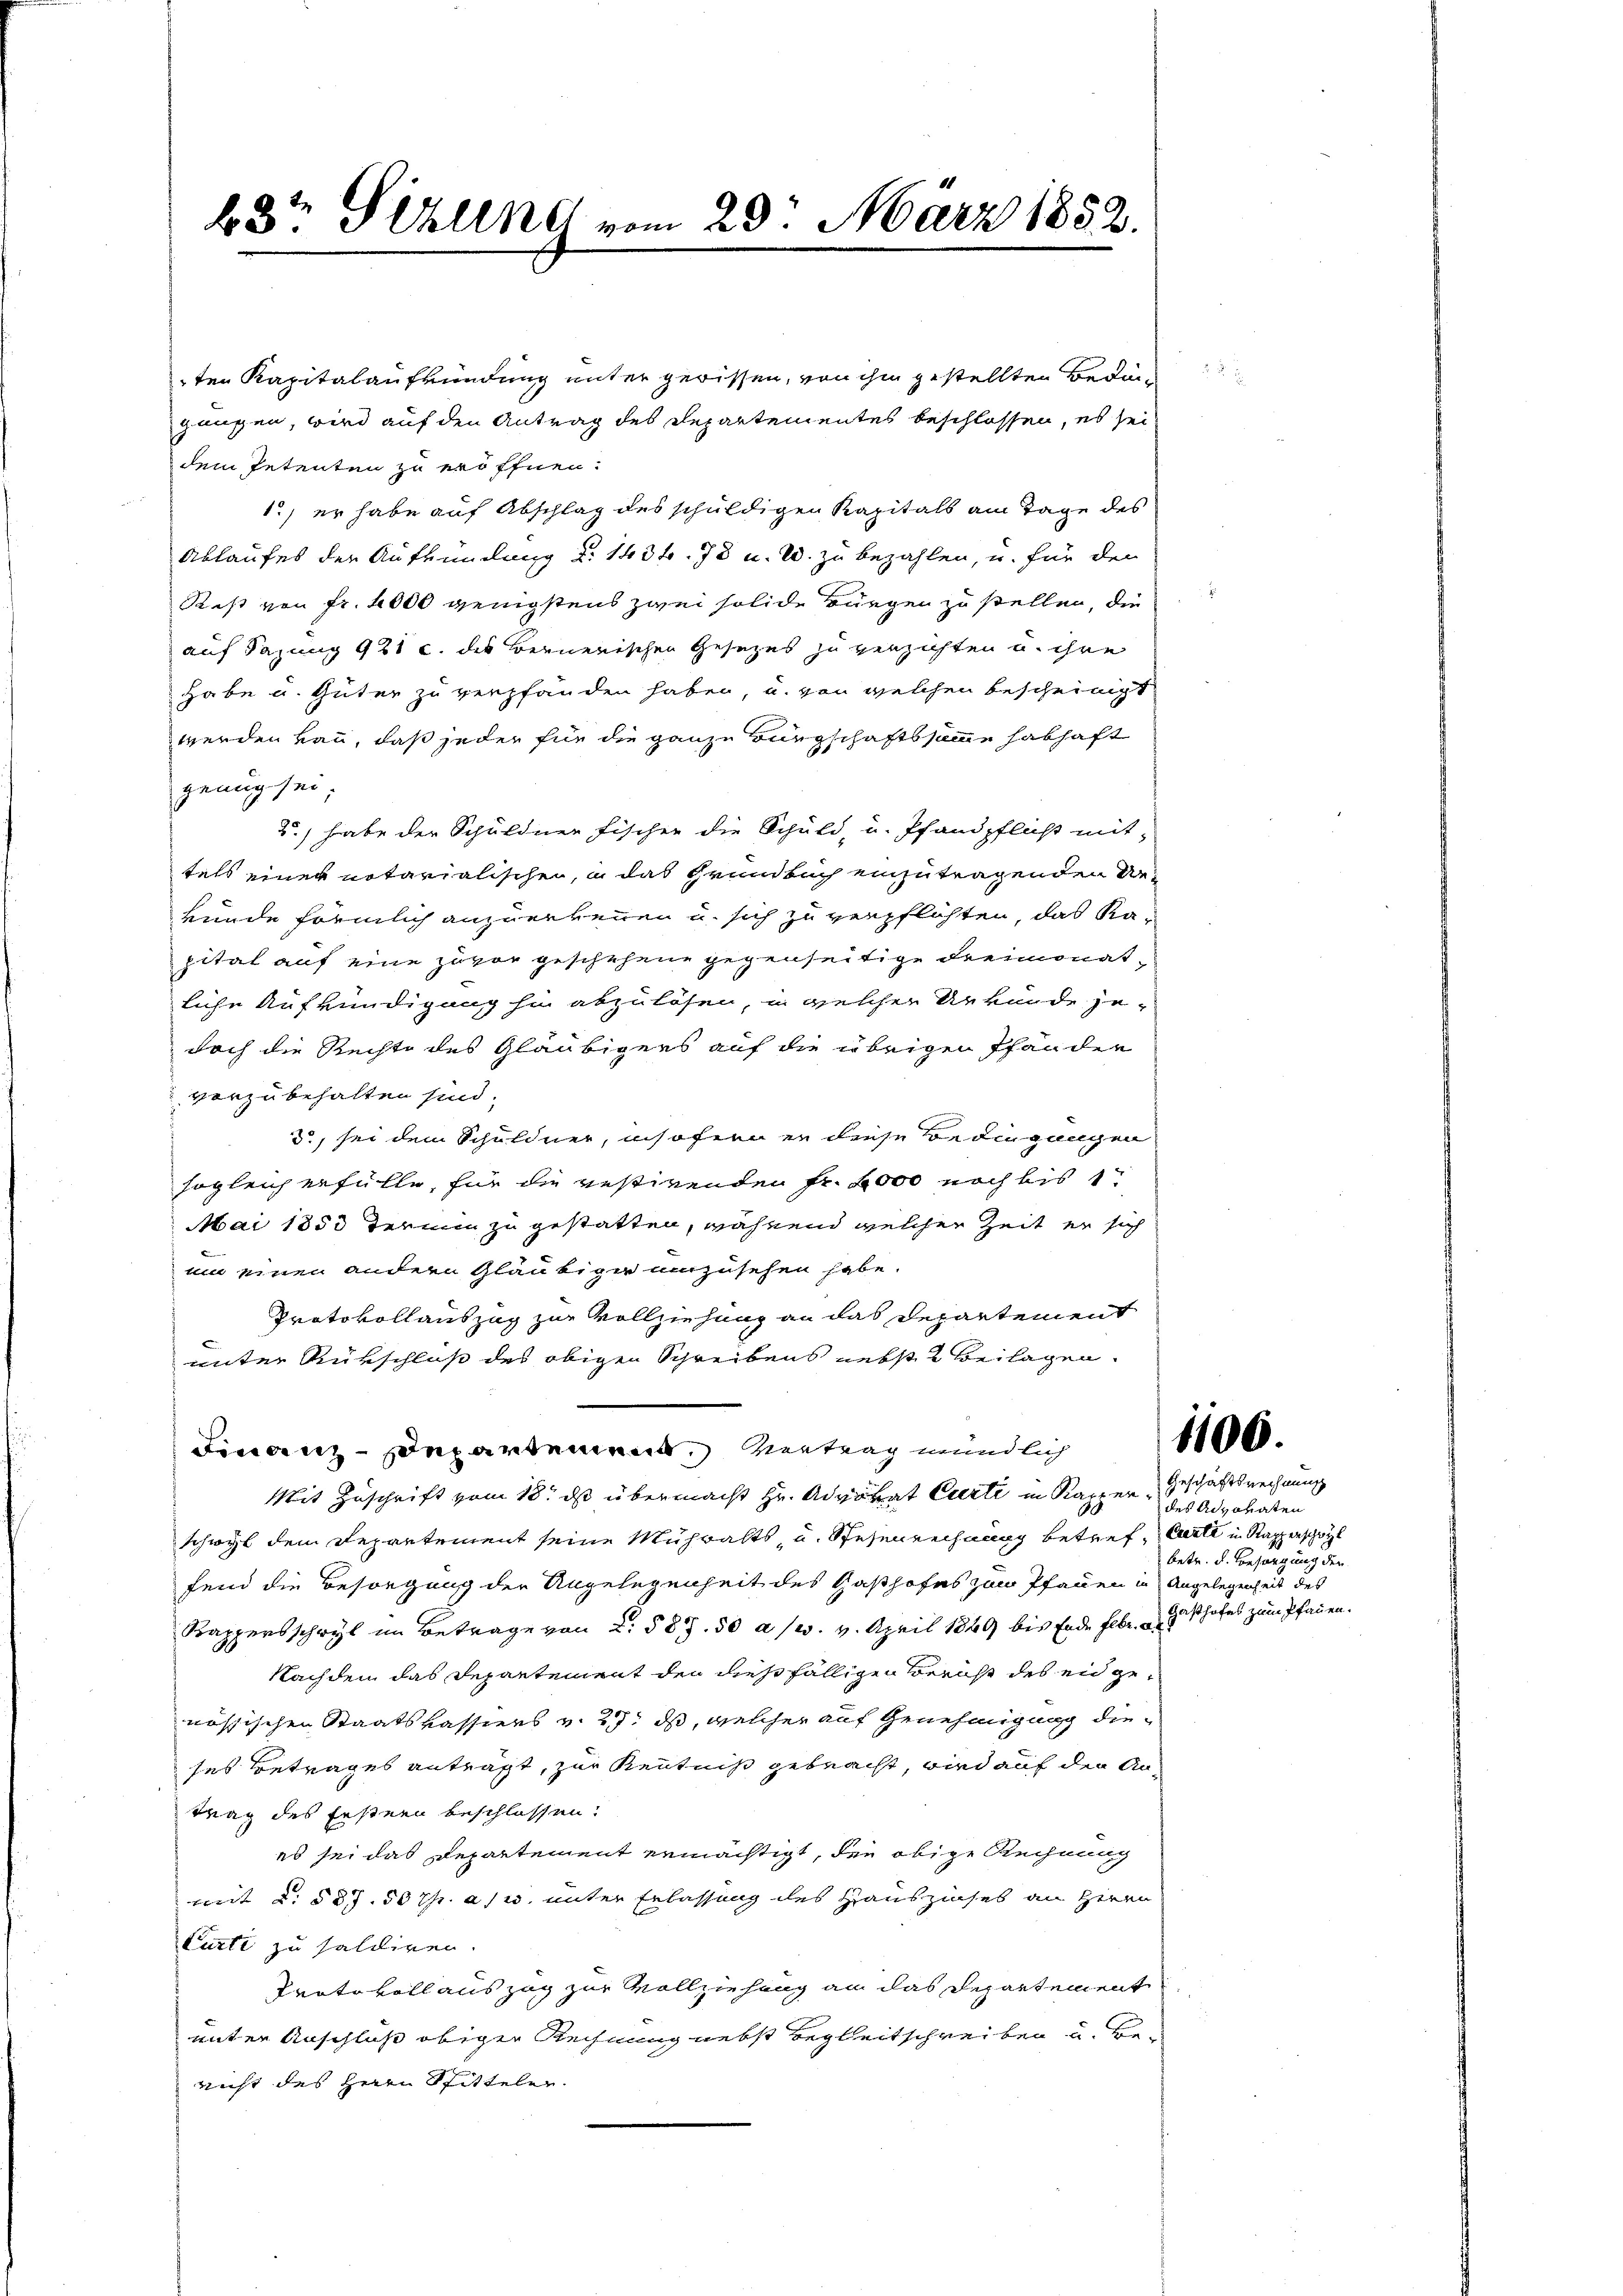
28 Sekund vom 23. März 1852.

ten Kapitalaufkündung unter gewissen, von ihm gestellten Bedingangen, wird auf den Antrag des Departementes beschlossen, es sei
dem Petenten zu eröffnen.
1., er habe auf Abschlag des schuldigen Kapitals am Tage des
Ablaufes der Aufkündung d. 143 f. 78 u. W. zu bezahlen, u. für den
Rest von Fr. 4000 wenigstens zwei solide Bürgen zu stellen, die
auf Sazung 921 c. des Bernerischen Gesezes zu verzichten u. ihre
habe u. Güter zu verpfänden haben, u. von welchen bescheinigt
werden von, daß jeder für die ganze Bürgschaftssamme habhaft
genug sei.
2) habe der Schuldner Fischer die Schuld, u. Pfandpflicht mit-
tels einer notarialischen, in das Grundbuch einzutragenden Rekunde förmlich anzuerkennen u. sich zu verpflichten, das Kapital auf eine zuvor geschehene gegenseitige Freimonatliche Aufkündigung zu abzulösen, in welcher Urkunde jedoch die Rechte des Gläubigers auf die übrigen Pfänden
vorzubehalten sind.
3, sei dem Schuldner, insofern er diese Bedingungen
sogleich erfülle, für die vestirenden Fr. 2000 noch bis 1
Mai 1853 Termin zu gestatten, während welcher Zeit er sich
um einen andern Gläubiger anzusehen habe.
Protokollauszug zur Vollziehung an das Departement
unter Rükschluß des obigen Schreibens nebst Beilagen.
Finanz-Departement. Vertrag mündlich
Mit Zuschrift vom 18. ds übermacht Hr. Advokat Curti in Kapper, Geschäftsrechnung
schwyl dem Departement seine Mühwalts, u. Spesenrechnung betref, welt in Rapperschrit
fend die Besorgung der Angelegenheit des Gasthofes zum Pfauen in Angelegenheit des
Kappersschwyl im Betrage von 2. 587. 50 a/w. v. April 1849 bis Ende Febr. Bishofes zum Pfauen.
Nachdem das Departement den dießfälligen Bericht des eidgenössischen Staatskassiers v. 27. ds, welcher auf Genehmigung dieses Betrages antragt, zur Kenntniß gebracht, wird auf den Antrag des Erstern beschlossen.
es sei das Departement ermächtigt, die obige Rechnung
mit §. § 37. 50 Th. a s w. unter Erlassung des Hauszinses an Herrn
Curti zu saldiren.
Protokoll auszug zur Vollziehung an das Departement
unter Anschluß obiger Rechnung nebst Begleitschreiben u. benicht des Herrn Spitteler.

1106.

des Advokaten
betr. d. Besorgung der